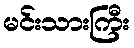
မင်းသားကြီး